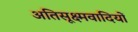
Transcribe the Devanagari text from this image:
अतिसूक्ष्मवादियों